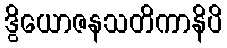
ဒွိယောဇနသတိကာနိပိ